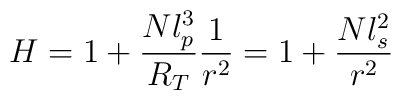
H = 1 + \frac{N l_p^3}{R_T} \frac{1}{r^2} = 1 + \frac{N l_s^2}{r^2}